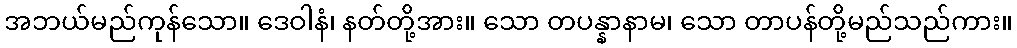
အဘယ်မည်ကုန်သော။ ဒေဝါနံ၊ နတ်တို့အား။ သော တပန္နာနာမ၊ သော တာပန်တို့မည်သည်ကား။